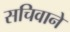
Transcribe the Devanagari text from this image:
सचिवाने